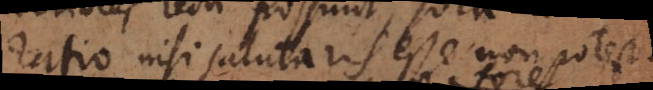
ratio nisi salutaris esse non potest.